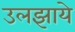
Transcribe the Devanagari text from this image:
उलझाये